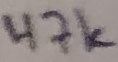
Text: 47K